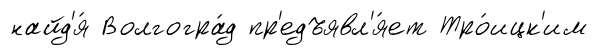
найд'я́ Волгогра́д пр'едъявл'я́ет Тро́ицк'им